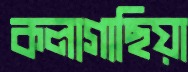
কলাগাছিয়া